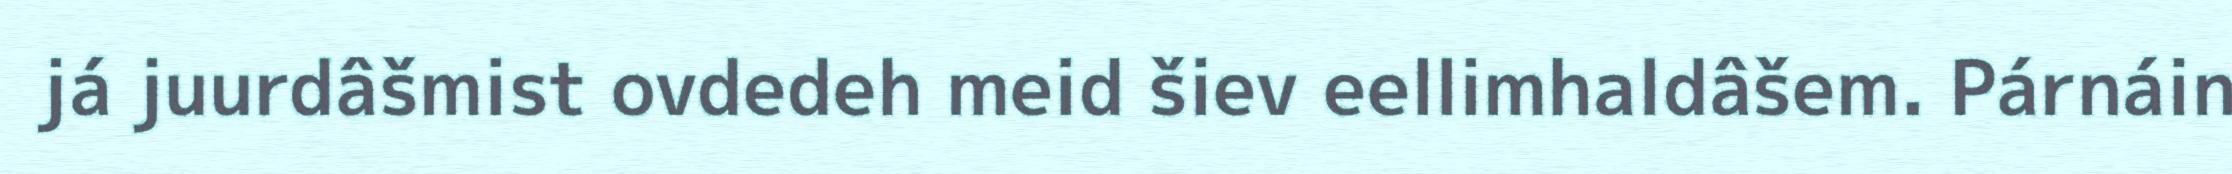
já juurdâšmist ovdedeh meid šiev eellimhaldâšem. Párnáin